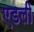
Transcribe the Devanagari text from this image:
एडली